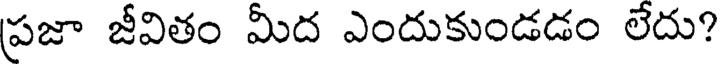
ప్రజా జీవితం మీద ఎందుకుండడం లేదు?